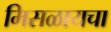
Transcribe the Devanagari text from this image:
मिसळायचा